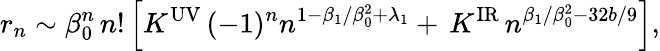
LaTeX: r_{n}\sim\beta_{0}^{n}\, n!\, \Big[K^{\mathrm{UV}}\, (-1)^{n}n^{1-\beta_{1}/\beta_{0}^{2}+\lambda_{1}}+\, K^{\mathrm{IR}}\, n^{\beta_{1}/\beta_{0}^{2}-32b/9}\Big],